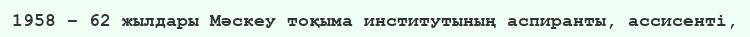
1958 – 62 жылдары Мәскеу тоқыма институтының аспиранты, ассисенті,